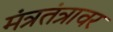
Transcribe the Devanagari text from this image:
मंत्रतंत्रावर